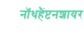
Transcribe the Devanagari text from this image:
नॉथहैंप्टनशायर